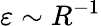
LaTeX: \varepsilon\sim R^{-1}